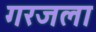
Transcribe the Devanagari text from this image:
गरजला